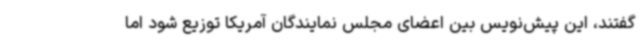
گفتند، این پیش‌نویس بین اعضای مجلس نمایندگان آمریکا توزیع شود اما